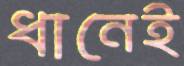
ধানেই